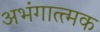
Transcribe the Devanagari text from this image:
अभंगात्त्मक